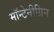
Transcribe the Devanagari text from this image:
मॉन्टेनीग्रिन